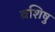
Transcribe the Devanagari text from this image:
वशिषु